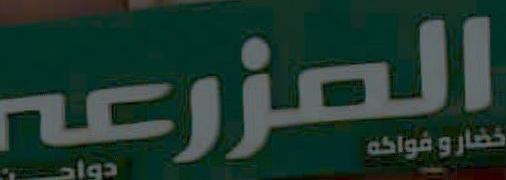
المزرعه